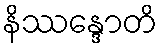
နိဿန္ဒောတိ